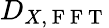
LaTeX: D_{X,\mathrm{~F~F~T~}}